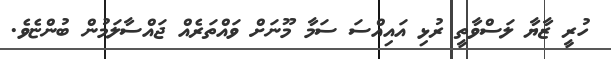
ހުރީ ޒާޔާ ލަސްވާތީ ރުޅި އައިއްސަ ސަމާ މޫނަށް ވައްތަރެއް ޖައްސާލަމުން ބުންޏެވެ.